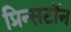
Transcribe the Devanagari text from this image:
प्रिन्सटॉन